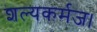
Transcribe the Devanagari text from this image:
शल्यकर्मज।